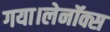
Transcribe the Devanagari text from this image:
गया।लेनॉक्स